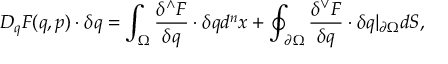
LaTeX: D _ { q } F ( q , p ) \cdot \delta q = \int _ { { \Omega } } { \frac { \delta ^ { \wedge } F } { \delta q } } \cdot \delta q d ^ { n } x + \oint _ { \partial { \Omega } } { \frac { \delta ^ { \vee } F } { \delta q } } \cdot \delta q \vert _ { \partial { \Omega } } d S ,